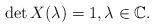
LaTeX: \begin{align*}\det X(\lambda)=1,\lambda\in \mathbb{C}.\end{align*}